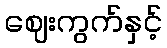
ဈေးကွက်နှင့်